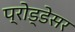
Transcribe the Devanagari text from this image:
प्रोड्डेसर